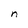
Character: n